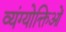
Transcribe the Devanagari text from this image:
व्यंग्योक्तिओं